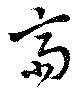
齋